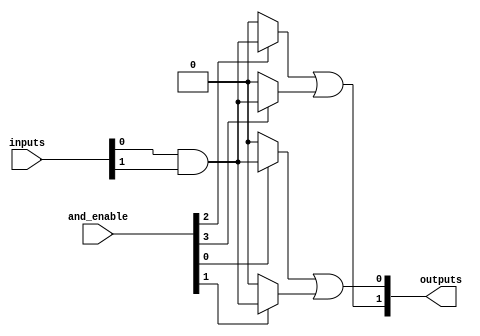
module HS_PAL #(
    parameter NUM_INPUTS = 8,   // Number of input signals
    parameter NUM_AND_GATES = 4, // Number of AND gates
    parameter NUM_OR_GATES = 2    // Number of OR gates
)(
    input wire [NUM_INPUTS-1:0] inputs, // Input signals
    input wire [NUM_AND_GATES-1:0] and_enable, // Control signals for AND gates
    output wire [NUM_OR_GATES-1:0] outputs // Output signals
);

// Internal wires for AND gate outputs
wire [NUM_AND_GATES-1:0] and_outputs [NUM_AND_GATES-1:0];

// Programmable AND array
genvar i, j;
generate
    for (i = 0; i < NUM_AND_GATES; i = i + 1) begin : and_gate
        assign and_outputs[i] = (and_enable[i]) ? (inputs[0] & inputs[1]) : 1'b0; // Example: AND gate logic
        // You can modify the logic here to connect different inputs based on your requirements
    end
endgenerate

// Fixed OR array
assign outputs[0] = and_outputs[0] | and_outputs[1]; // OR gate 1
assign outputs[1] = and_outputs[2] | and_outputs[3]; // OR gate 2

endmodule